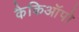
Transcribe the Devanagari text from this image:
कैकिऑपो